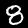
Digit: 8